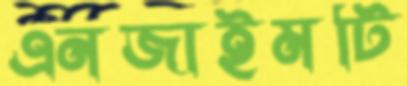
এনজাইমটি